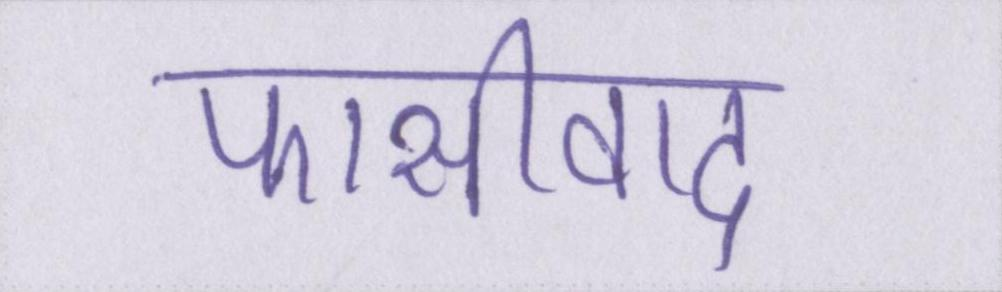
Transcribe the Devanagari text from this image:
फासीवाद